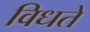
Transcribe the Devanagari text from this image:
विधते